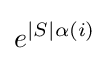
e^{|S|\alpha (i)}